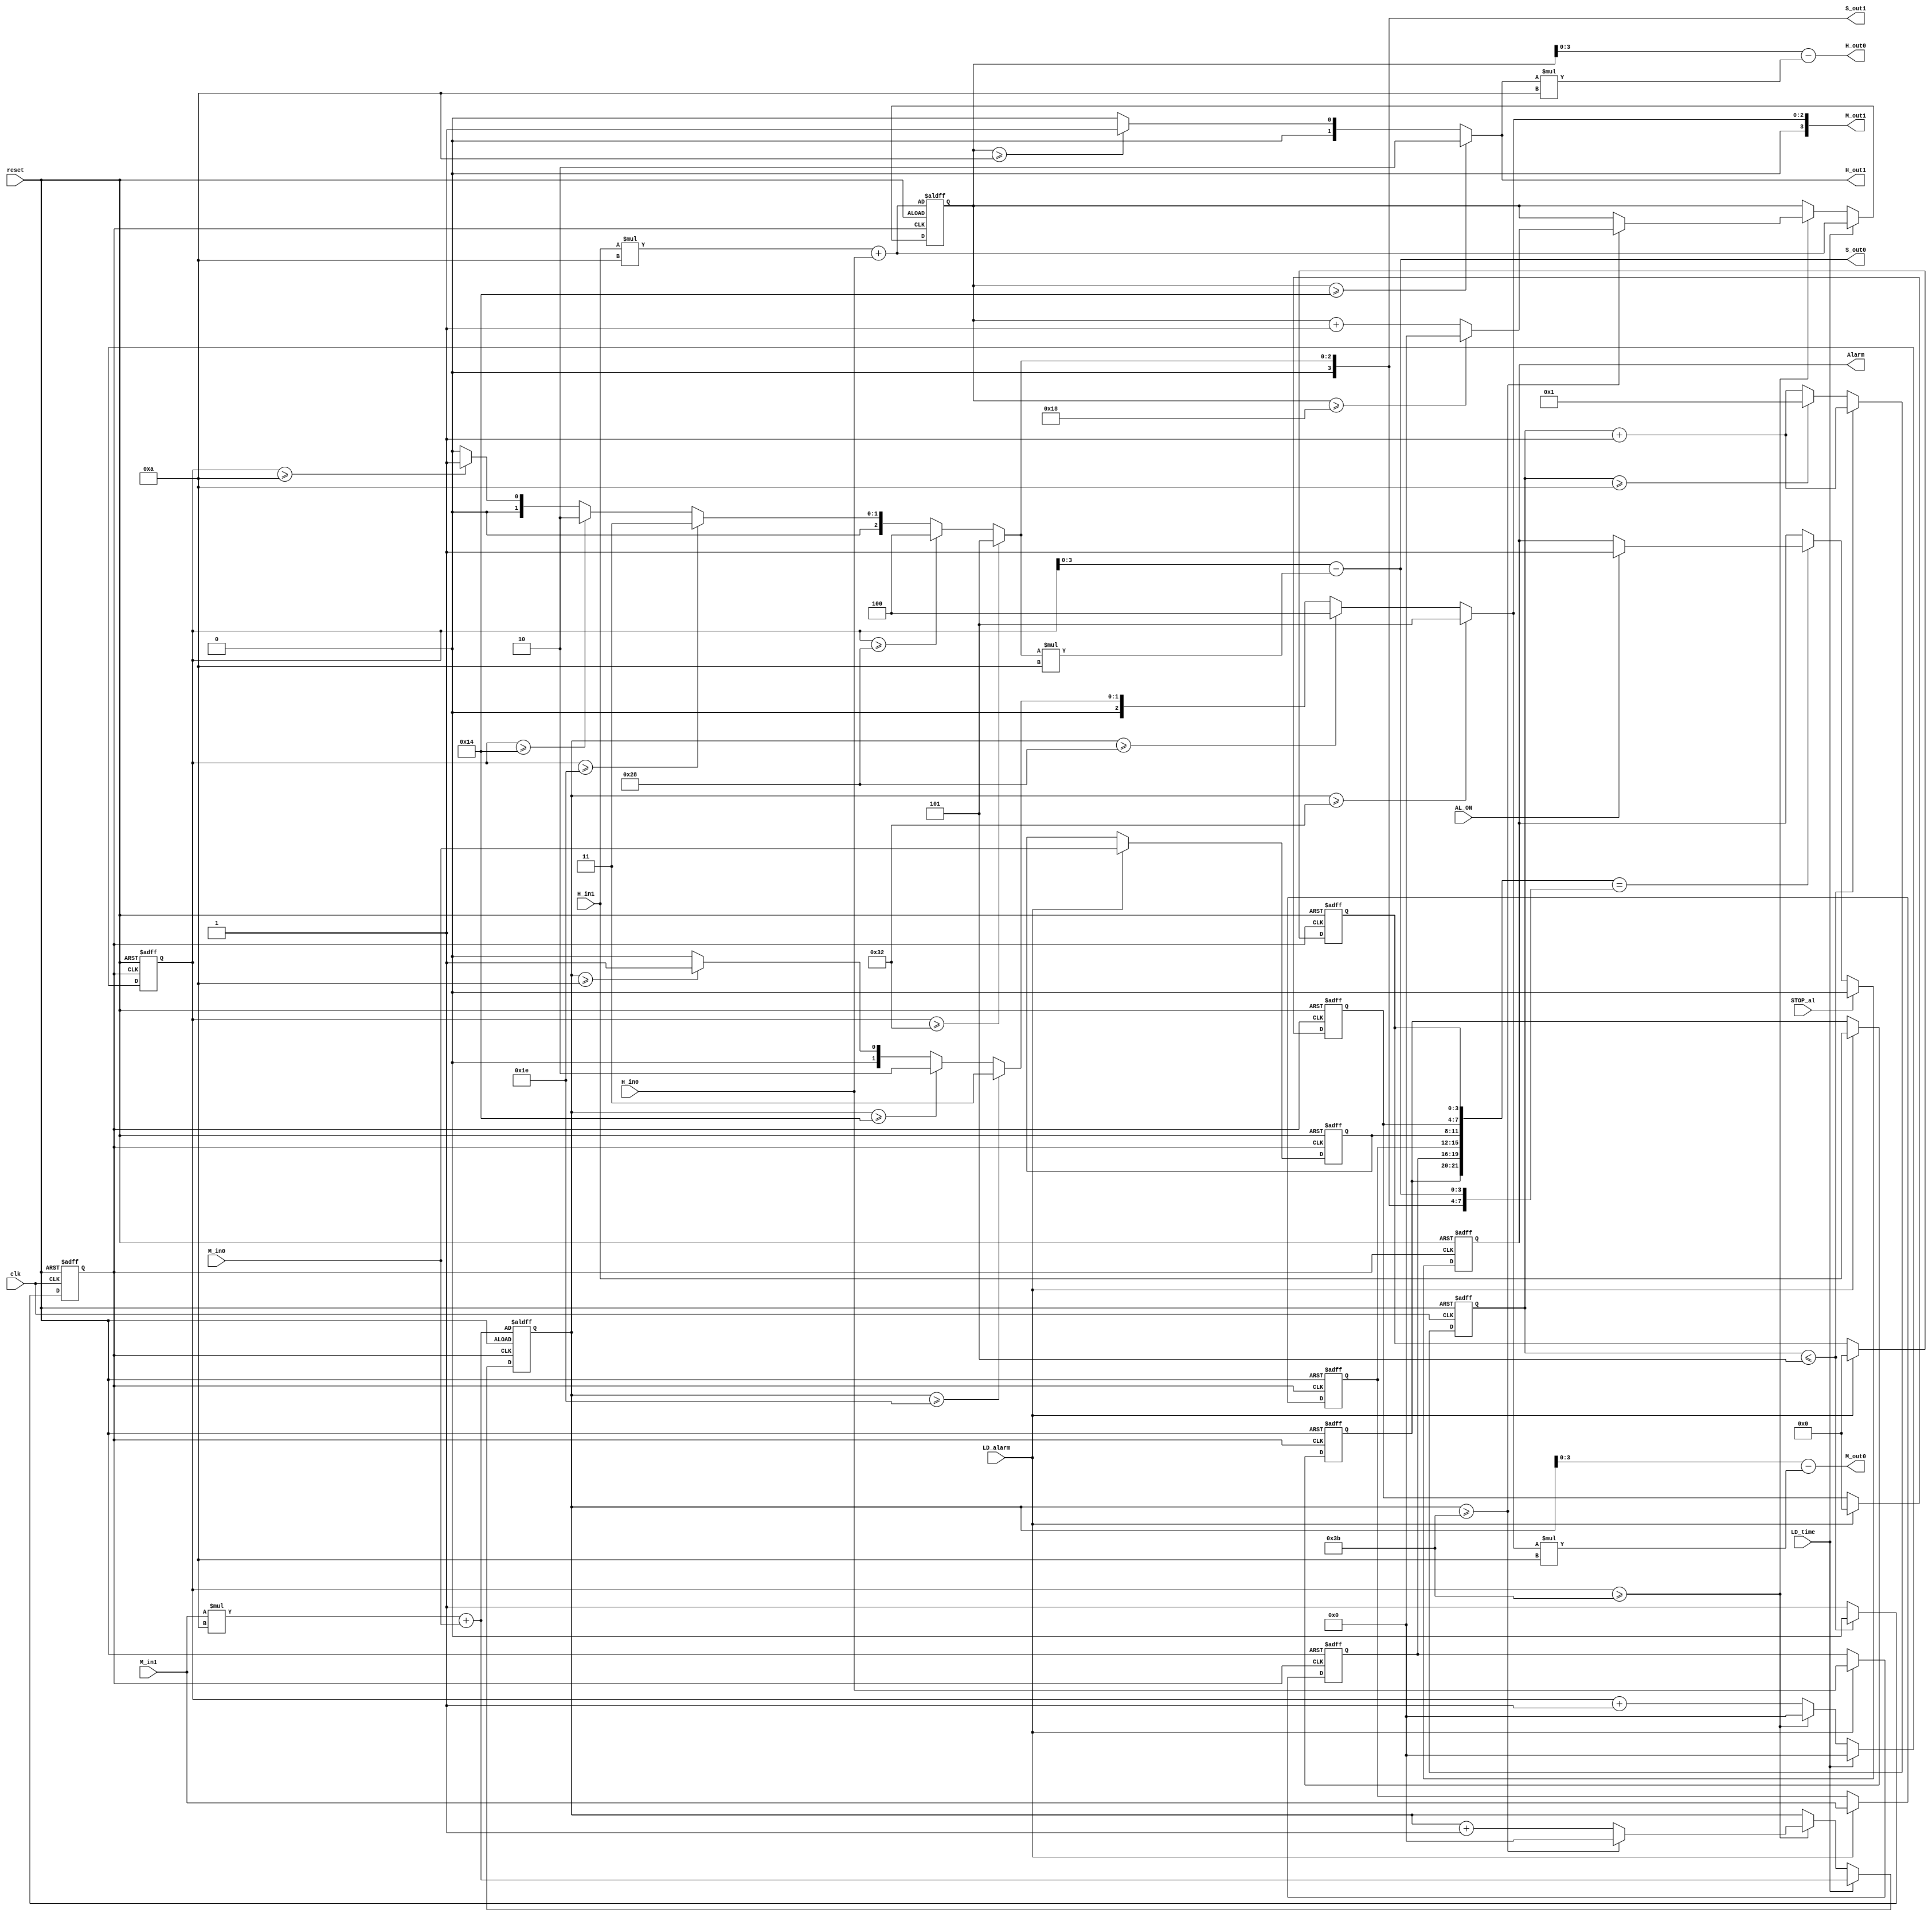
module aclock (
  input reset,  /* Active high reset pulse, to set the time to the input hour and minute (as defined by the H_in1, H_in0, M_in1, and M_in0 inputs) and the second to 00. It should also set the alarm value to 0.00.00, and to set the Alarm (output) low.For normal operation, this input pin should be 0*/
  input clk,  /* A 10Hz input clock. This should be used to generate each real-time second*/
  input [1:0] H_in1, /*A 2-bit input used to set the most significant hour digit of the clock (if LD_time=1),or the most significant hour digit of the alarm (if LD_alarm=1). Valid values are 0 to 2. */ 
  input [3:0] H_in0, /* A 4-bit input used to set the least significant hour digit of the clock (if LD_time=1),or the least significant hour digit of the alarm (if LD_alarm=1). Valid values are 0 to 9.*/
  input [3:0] M_in1, /*A 4-bit input used to set the most significant minute digit of the clock (if LD_time=1),or the most significant minute digit of the alarm (if LD_alarm=1). Valid values are 0 to 5.*/
  input [3:0] M_in0, /*A 4-bit input used to set the least significant minute digit of the clock (if LD_time=1),or the least significant minute digit of the alarm (if LD_alarm=1). Valid values are 0 to 9. */
  input LD_time,  /* If LD_time=1, the time should be set to the values on the inputs H_in1, H_in0, M_in1, and M_in0. The second time should be set to 0.If LD_time=0, the clock should act normally (i.e. second should be incremented every 10 clock cycles).*/
  input   LD_alarm,  /* If LD_alarm=1, the alarm time should be set to the values on the inputs H_in1, H_in0, M_in1, and M_in0.If LD_alarm=0, the clock should act normally.*/ 
  input   STOP_al,  /* If the Alarm (output) is high, then STOP_al=1 will bring the output back low. */ 
  input   AL_ON,  /* If high, the alarm is ON (and Alarm will go high if the alarm time equals the real time). If low the the alarm function is OFF. */
  output reg Alarm,  /* This will go high if the alarm time equals the current time, and AL_ON is high. This will remain high, until STOP_al goes high, which will bring Alarm back low.*/
  output [1:0]  H_out1, 
  /* The most significant digit of the hour. Valid values are 0 to 2. */
  output [3:0]  H_out0, 
  /* The least significant digit of the hour. Valid values are 0 to 9. */
  output [3:0]  M_out1, 
  /* The most significant digit of the minute. Valid values are 0 to 5.*/
  output [3:0]  M_out0, /* The least significant digit of the minute. Valid values are 0 to 9. */
  output [3:0]  S_out1, /* The most significant digit of the minute. Valid values are 0 to 5. */
  output [3:0]  S_out0  /* The least significant digit of the minute. Valid values are 0 to 9. */
);

  // internal signal
  reg clk_1s; // 1-s clock
  reg [3:0] tmp_1s; // count for creating 1-s clock 
  reg [5:0] tmp_hour, tmp_minute, tmp_second; 
  // counter for clock hour, minute and second
  reg [1:0] c_hour1,a_hour1; 
  /* The most significant hour digit of the temp clock and alarm. */ 
  reg [3:0] c_hour0,a_hour0;
  /* The least significant hour digit of the temp clock and alarm. */ 
  reg [3:0] c_min1,a_min1;
  /* The most significant minute digit of the temp clock and alarm.*/ 
  reg [3:0] c_min0,a_min0;
  /* The least significant minute digit of the temp clock and alarm.*/ 
  reg [3:0] c_sec1,a_sec1;
  /* The most significant second digit of the temp clock and alarm.*/ 
  reg [3:0] c_sec0,a_sec0;
  /* The least significant minute digit of the temp clock and alarm.*/ 
  
  function [3:0] div_10;
    input [5:0] number;
    begin
      div_10 = (number >=50) ? 5 : ((number >= 40)? 4 :((number >= 30)? 3 :((number >= 20)? 2 :((number >= 10)? 1 :0))));
    end
  endfunction
  
  always @(posedge clk_1s or posedge reset )
  begin
    if(reset) begin // reset high => alarm time to 00.00.00, alarm to low, clock to H_in and M_in and S to 00
      a_hour1 <= 2'b00;
      a_hour0 <= 4'b0000;
      a_min1 <= 4'b0000;
      a_min0 <= 4'b0000;
      a_sec1 <= 4'b0000;
      a_sec0 <= 4'b0000;
      tmp_hour <= H_in1*10 + H_in0;
      tmp_minute <= M_in1*10 + M_in0;
      tmp_second <= 0;
    end 
    else begin
      if(LD_alarm) begin // LD_alarm =1 => set alarm clock to H_in, M_in
        a_hour1 <= H_in1;
        a_hour0 <= H_in0;
        a_min1 <= M_in1;
        a_min0 <= M_in0;
        a_sec1 <= 4'b0000;
        a_sec0 <= 4'b0000;
      end 
      if(LD_time) begin // LD_time =1 => set time to H_in, M_in
        tmp_hour <= H_in1*10 + H_in0;
        tmp_minute <= M_in1*10 + M_in0;
        tmp_second <= 0;
      end 
      else begin  // LD_time =0 , clock operates normally
        tmp_second <= tmp_second + 1;
        if(tmp_second >=59) begin // second > 59 then minute increases
          tmp_minute <= tmp_minute + 1;
          tmp_second <= 0;
          if(tmp_minute >=59) begin // minute > 59 then hour increases
            tmp_minute <= 0;
            tmp_hour <= tmp_hour + 1;
            if(tmp_hour >= 24) begin // hour > 24 then set hour to 0
              tmp_hour <= 0;
            end 
          end 
        end
      end 
    end 
  end 

  always @(posedge clk or posedge reset)
  begin
    if(reset) 
    begin
      tmp_1s <= 0;
      clk_1s <= 0;
    end
    else begin
      tmp_1s <= tmp_1s + 1;
      if(tmp_1s <= 5) 
        clk_1s <= 0;
      else if (tmp_1s >= 10) begin
        clk_1s <= 1;
        tmp_1s <= 1;
      end
      else
        clk_1s <= 1;
    end
  end
  
  always @(*) begin

    if(tmp_hour>=20) begin
      c_hour1 = 2;
    end
    else begin
      if(tmp_hour >=10) 
        c_hour1  = 1;
      else
        c_hour1 = 0;
    end
    c_hour0 = tmp_hour - c_hour1*10; 
    c_min1 = div_10(tmp_minute); 
    c_min0 = tmp_minute - c_min1*10;
    c_sec1 = div_10(tmp_second);
    c_sec0 = tmp_second - c_sec1*10; 
  end

  assign H_out1 = c_hour1; // the most significant hour digit of the clock
  assign H_out0 = c_hour0; // the least significant hour digit of the clock
  assign M_out1 = c_min1; // the most significant minute digit of the clock
  assign M_out0 = c_min0; // the least significant minute digit of the clock
  assign S_out1 = c_sec1; // the most significant second digit of the clock
  assign S_out0 = c_sec0; // the least significant second digit of the clock 


  always @(posedge clk_1s or posedge reset) begin
    if(reset) 
      Alarm <=0; 
    else begin
      if({a_hour1,a_hour0,a_min1,a_min0,a_sec1,a_sec0}=={c_hour1,c_hour0,c_min1,c_min0,c_sec1,c_sec0})
      begin // if alarm time equals clock time, it will pulse high the Alarm signal with AL_ON=1
        if(AL_ON) Alarm <= 1;
      end
      if(STOP_al) Alarm <=0; // when STOP_al = 1, push low the Alarm signal
    end
  end
 
endmodule